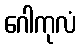
ဂေါကုလံ